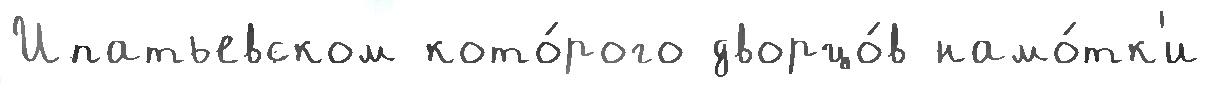
Ипатьевском кото́рого дворцо́в намо́тк'и